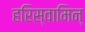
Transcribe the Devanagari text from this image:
हरिस्वामिन्